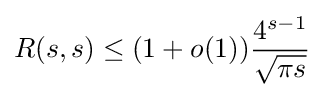
R(s,s)\leq (1+o(1)){\frac {4^{s-1}}{\sqrt {\pi s}}}